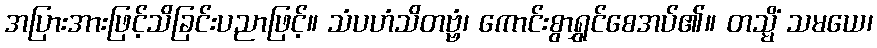
အပြားအားဖြင့်သိခြင်းပညာဖြင့်။ သံပဟံသိတဗ္ဗံ၊ ကောင်းစွာရွှင်စေအပ်၏။ တသ္မိံ သမယေ၊